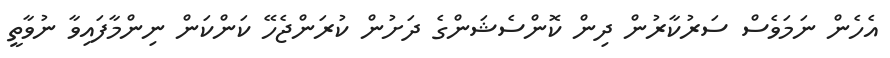
އެހެން ނަމަވެސް ސަރުކާރުުން ދިން ކޮންސެޝަންގެ ދަށުން ކުރަންޖެހޭ ކަންކަން ނިންމާފައިވާ ނުވާތީ